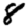
Digit: 8